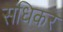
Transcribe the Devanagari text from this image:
संधिकर